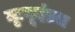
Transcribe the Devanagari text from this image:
मृत्यूदंडच